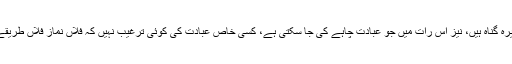
یہاں گناہوں سے مراد صغیرہ گناہ ہیں، نیز اس رات میں جو عبادت چاہے کی جا سکتی ہے، کسی خاص عبادت کی کوئی ترغیب نہیں کہ فلاں نماز فلاں طریقے سے اتنی رکعتیں پڑھے۔